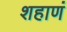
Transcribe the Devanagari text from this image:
शहाणं